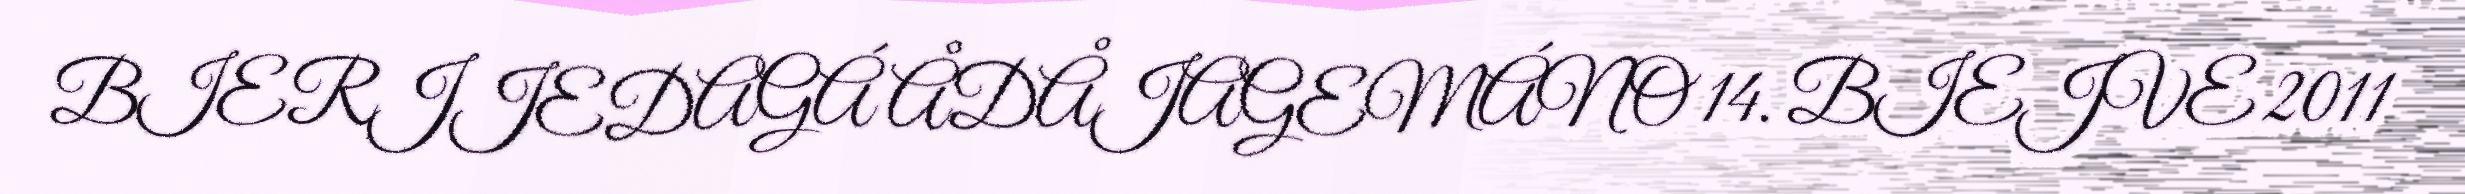
BIERJJEDAGÁ ÅDÅJAGEMÁNO 14. BIEJVE 2011